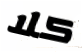
كلا